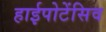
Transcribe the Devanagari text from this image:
हाईपोटेंसिव